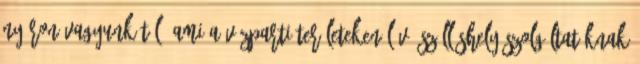
nyáron vagyunk túl, ami a vízparti területeken lévő szálláshely-szolgáltatóknak